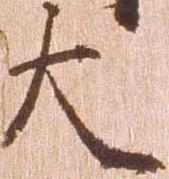
大